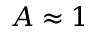
A \approx 1